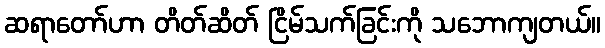
ဆရာတော်ဟာ တိတ်ဆိတ် ငြိမ်သက်ခြင်းကို သဘောကျတယ်။